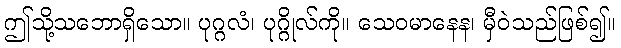
ဤသို့သဘောရှိသော။ ပုဂ္ဂလံ၊ ပုဂ္ဂိုလ်ကို။ သေဝမာနေန၊ မှီဝဲသည်ဖြစ်၍။